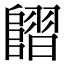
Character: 𨻿